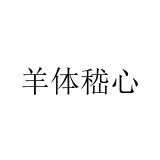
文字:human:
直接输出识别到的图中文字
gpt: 羊体嵇心